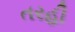
તરહી